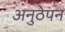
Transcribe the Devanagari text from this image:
अनुठेपन